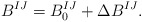
\begin{align*}B^{IJ} = B^{IJ}_0 + \Delta B^{IJ}.\end{align*}